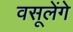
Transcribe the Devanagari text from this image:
वसूलेंगे